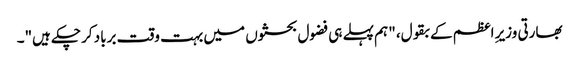
بھارتی وزیرِ اعظم کے بقول، "ہم پہلے ہی فضول بحثوں میں بہت وقت برباد کرچکے ہیں"۔